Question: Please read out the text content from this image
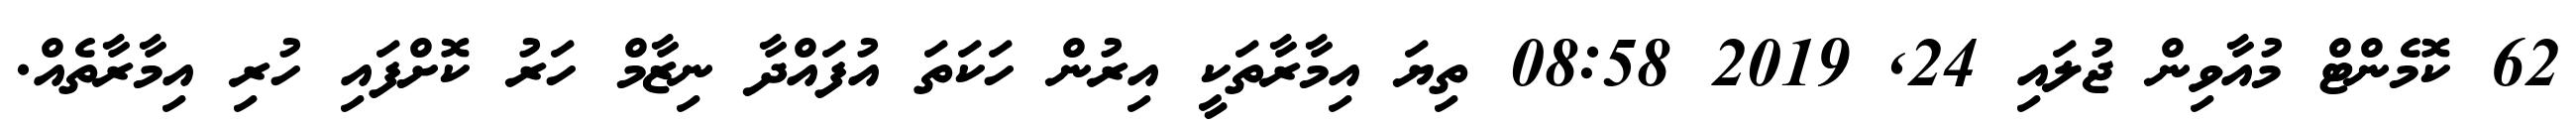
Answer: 62 ކޮމެންޓް މުއާވިން ޖުލައި 24, 2019 08:58 ތިޔަ އިމާރާތަކީ އިރުން ހަކަތަ އުފައްދާ ނިޒާމް ހަރު ކޮށްފައި ހުރި އިމާރާތެއް.